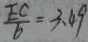
\frac { E C } { b } = 3 . 4 9